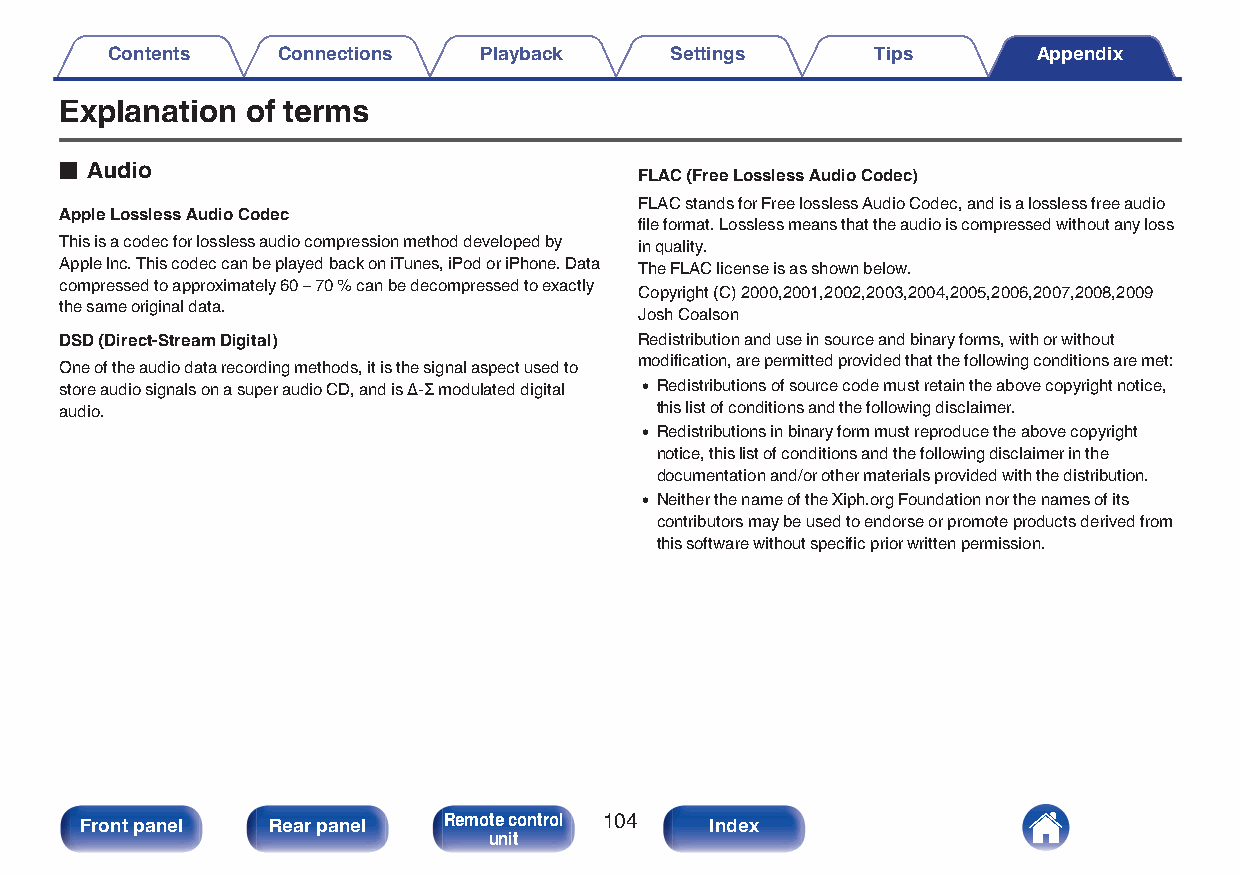
Contents   Connections   Playback    Settings      Tips       Appendix
 Explanation of terms
 o Audio
 FLAC (Free Lossless Audio Codec)
 FLAC stands for Free lossless Audio Codec, and is a lossless free audio
 Apple Lossless Audio Codec
 file format. Lossless means that the audio is compressed without any loss
 This is a codec for lossless audio compression method developed by in quality.
 Apple Inc. This codec can be played back on iTunes, iPod or iPhone. Data The FLAC license is as shown below.
 compressed to approximately 60 – 70 % can be decompressed to exactly
 Copyright (C) 2000,2001,2002,2003,2004,2005,2006,2007,2008,2009
 the same original data.
 Josh Coalson
 DSD (Direct-Stream Digital)           Redistribution and use in source and binary forms, with or without
 modification, are permitted provided that the following conditions are met:
 One of the audio data recording methods, it is the signal aspect used to
 store audio signals on a super audio CD, and is Δ-Σ modulated digital 0 Redistributions of source code must retain the above copyright notice,
 audio.                                 this list of conditions and the following disclaimer.
 0 Redistributions in binary form must reproduce the above copyright
 notice, this list of conditions and the following disclaimer in the
 documentation and/or other materials provided with the distribution.
 0 Neither the name of the Xiph.org Foundation nor the names of its
 contributors may be used to endorse or promote products derived from
 this software without specific prior written permission.
 Front panel  Rear panel Remote control 104 Index
 unit